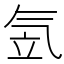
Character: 𣱠